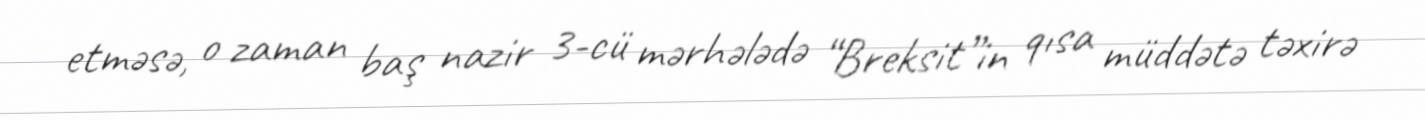
etməsə, o zaman baş nazir 3-cü mərhələdə “Breksit”in qısa müddətə təxirə